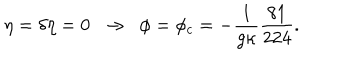
\eta = \delta \eta = 0 \; \; \rightarrow \; \; \phi = \phi _ { c } = - \frac { 1 } { g \kappa } \frac { 8 1 } { 2 2 4 } .